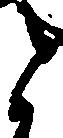
と